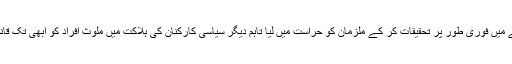
رپورٹ میں بتایا گیا ہے کہ اگر چہ پولیس نے مولوی شوکت احمد شاہ قتل کیس کے سلسلے میں فوری طور پر تحقیقات کر کے ملزمان کو حراست میں لیا تاہم دیگر سیاسی کارکنان کی ہلاکت میں ملوث افراد کو ابھی تک قانون کے شکنجے میں نہیں لایا گیا ،اسطرح انصاف کے تقاضوں کو پُر کرنا ابھی باقی ہے ۔